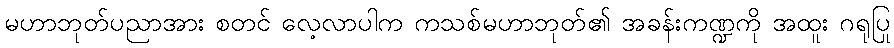
မဟာဘုတ်ပညာအား စတင် လေ့လာပါက ကသစ်မဟာဘုတ်၏ အခန်းကဏ္ဍကို အထူး ဂရုပြု